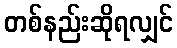
တစ်နည်းဆိုရလျှင်